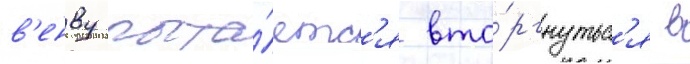
в'енву пыта́етс'я вто́ргнутьс'я в